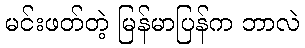
မင်းဖတ်တဲ့ မြန်မာပြန်က ဘာလဲ